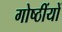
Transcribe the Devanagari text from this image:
गोष्ठींयों